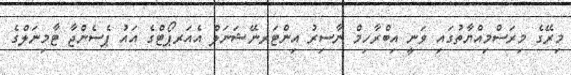
މިރޭގެ މިރަސްމިއްޔާތުގައި ވަނީ އިބްރާހިމް ނާސިރު އިންޓަރނޭޝަނަލް އެއަރޕޯޓްގެ އައު ޕެސެންޖާ ޓާމިނަލްގެ